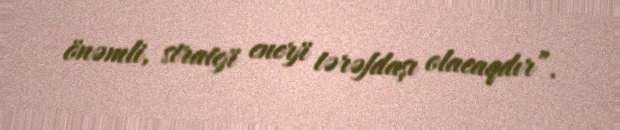
önəmli, strateji enerji tərəfdaşı olacaqdır”.